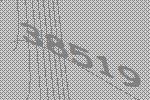
38519